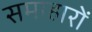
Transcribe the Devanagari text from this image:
समाहारों